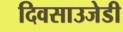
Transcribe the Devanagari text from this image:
दिवसाउजेडी